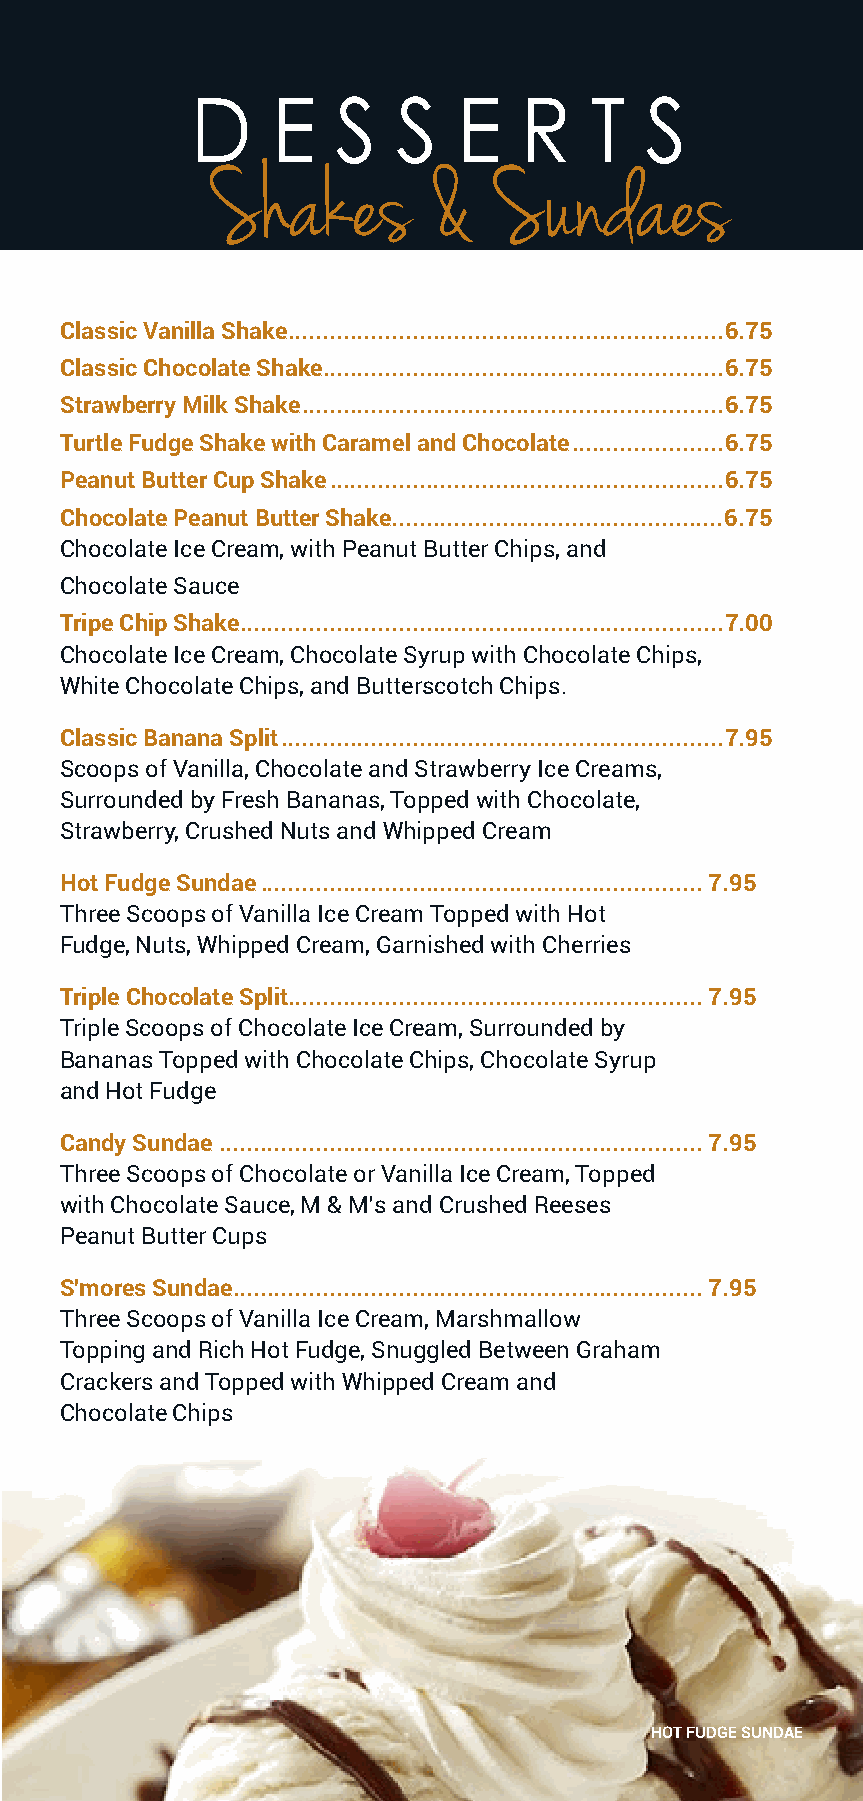
D    E   S   S   E   R    T   S
 Shakes        &    Sundaes
 Classic Vanilla Shake ...............................................................6.75
 Fresh   Salads
 Classic Chocolate Shake ..........................................................6.75
 Strawberry Milk Shake .............................................................6.75
 Turtle Fudge Shake with Caramel and Chocolate ......................6.75
 Peanut Butter Cup Shake .........................................................6.75
 Chocolate Peanut Butter Shake................................................6.75
 Chocolate Ice Cream, with Peanut Butter Chips, and
 Chocolate Sauce
 Tripe Chip Shake ......................................................................7.00
 Chocolate Ice Cream, Chocolate Syrup with Chocolate Chips,
 White Chocolate Chips, and Butterscotch Chips.
 Classic Banana Split ................................................................7.95
 Scoops of Vanilla, Chocolate and Strawberry Ice Creams,
 Surrounded by Fresh Bananas, Topped with Chocolate,
 Strawberry, Crushed Nuts and Whipped Cream
 Hot Fudge Sundae ................................................................7.95
 Three Scoops of Vanilla Ice Cream Topped with Hot
 Fudge, Nuts, Whipped Cream, Garnished with Cherries
 Triple Chocolate Split ............................................................7.95
 Triple Scoops of Chocolate Ice Cream, Surrounded by
 Bananas Topped with Chocolate Chips, Chocolate Syrup
 and Hot Fudge
 Candy Sundae ......................................................................7.95
 Three Scoops of Chocolate or Vanilla Ice Cream, Topped
 with Chocolate Sauce, M & M’s and Crushed Reeses
 Peanut Butter Cups
 S'mores Sundae ....................................................................7.95
 Three Scoops of Vanilla Ice Cream, Marshmallow
 Topping and Rich Hot Fudge, Snuggled Between Graham
 Crackers and Topped with Whipped Cream and
 Chocolate Chips
 HOT FUDGE SUNDAE
 35
 DEC 2021